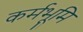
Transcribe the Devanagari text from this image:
कर्मभूमि